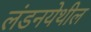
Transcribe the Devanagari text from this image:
लंडनयेथील